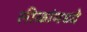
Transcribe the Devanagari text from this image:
लीळांमध्ये